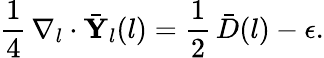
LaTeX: \frac{1}{4}\, \nabla_{l}\cdot\bar{\mathbf{Y}}_{l}(l)=\frac{1}{2}\, \bar{D}(l)-\epsilon.